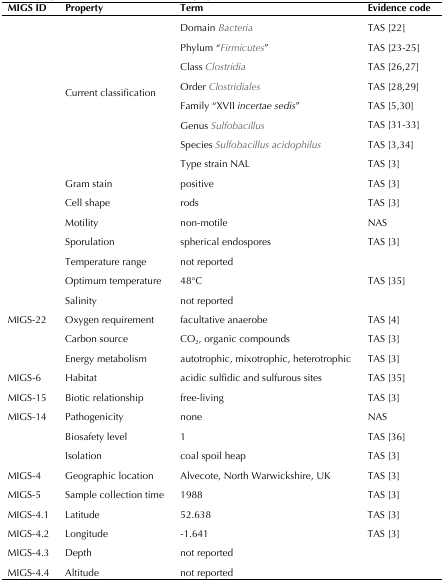
<table><thead><tr><td><b>MIGS ID</b></td><td><b>Property</b></td><td><b>Term</b></td><td><b>Evidence code</b></td></tr></thead><tbody><tr><td rowspan="8"></td><td rowspan="8">Current classification</td><td>Domain <i>Bacteria</i></td><td>TAS [22]</td></tr><tr><td>Phylum “<i>Firmicutes</i>”</td><td>TAS [23-25]</td></tr><tr><td>Class <i>Clostridia</i></td><td>TAS [26,27]</td></tr><tr><td>Order <i>Clostridiales</i></td><td>TAS [28,29]</td></tr><tr><td>Family “XVII <i>incertae sedis</i>”</td><td>TAS [5,30]</td></tr><tr><td>Genus <i>Sulfobacillus</i></td><td>TAS [31-33]</td></tr><tr><td>Species <i>Sulfobacillus acidophilus</i></td><td>TAS [3,34]</td></tr><tr><td>Type strain NAL</td><td>TAS [3]</td></tr><tr><td></td><td>Gram stain</td><td>positive</td><td>TAS [3]</td></tr><tr><td></td><td>Cell shape</td><td>rods</td><td>TAS [3]</td></tr><tr><td></td><td>Motility</td><td>non-motile</td><td>NAS</td></tr><tr><td></td><td>Sporulation</td><td>spherical endospores</td><td>TAS [3]</td></tr><tr><td></td><td>Temperature range</td><td>not reported</td><td></td></tr><tr><td></td><td>Optimum temperature</td><td>48°C</td><td>TAS [35]</td></tr><tr><td></td><td>Salinity</td><td>not reported</td><td></td></tr><tr><td>MIGS-22</td><td>Oxygen requirement</td><td>facultative anaerobe</td><td>TAS [4]</td></tr><tr><td></td><td>Carbon source</td><td>CO<sub>2</sub>, organic compounds</td><td>TAS [3]</td></tr><tr><td></td><td>Energy metabolism</td><td>autotrophic, mixotrophic, heterotrophic</td><td>TAS [3]</td></tr><tr><td>MIGS-6</td><td>Habitat</td><td>acidic sulfidic and sulfurous sites</td><td>TAS [35]</td></tr><tr><td>MIGS-15</td><td>Biotic relationship</td><td>free-living</td><td>TAS [3]</td></tr><tr><td>MIGS-14</td><td>Pathogenicity</td><td>none</td><td>NAS</td></tr><tr><td></td><td>Biosafety level</td><td>1</td><td>TAS [36]</td></tr><tr><td></td><td>Isolation</td><td>coal spoil heap</td><td>TAS [3]</td></tr><tr><td>MIGS-4</td><td>Geographic location</td><td>Alvecote, North Warwickshire, UK</td><td>TAS [3]</td></tr><tr><td>MIGS-5</td><td>Sample collection time</td><td>1988</td><td>TAS [3]</td></tr><tr><td>MIGS-4.1</td><td>Latitude</td><td>52.638</td><td>TAS [3]</td></tr><tr><td>MIGS-4.2</td><td>Longitude</td><td>-1.641</td><td>TAS [3]</td></tr><tr><td>MIGS-4.3</td><td>Depth</td><td>not reported</td><td></td></tr><tr><td>MIGS-4.4</td><td>Altitude</td><td>not reported</td><td></td></tr></tbody></table>